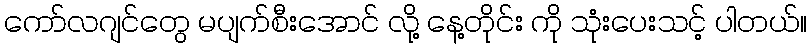
ကော်လဂျင်တွေ မပျက်စီးအောင် လို့ နေ့တိုင်း ကို သုံးပေးသင့် ပါတယ်။